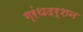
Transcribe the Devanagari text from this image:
ग्रंथदर्शन